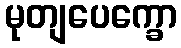
မုတျပေက္ခော